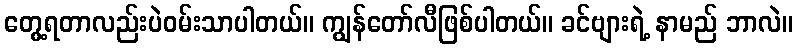
တွေ့ရတာလည်းပဲဝမ်းသာပါတယ်။ ကျွန်တော်လီဖြစ်ပါတယ်။ ခင်ဗျားရဲ့ နာမည် ဘာလဲ။